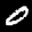
Label: 0